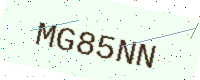
Text: MG85NN